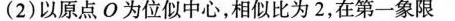
(2)以原点O为位似中心，相似比为2，在第一象限